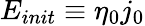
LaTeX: E_{init}\equiv\eta_{0}j_{0}